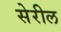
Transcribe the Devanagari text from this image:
सेरील